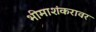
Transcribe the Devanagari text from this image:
भीमाशंकरावर